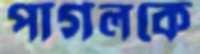
পাগলকে